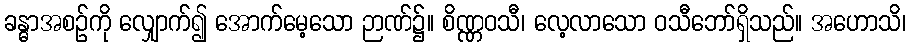
ခန္ဓာအစဉ်ကို လျှောက်၍ အောက်မေ့သော ဉာဏ်၌။ စိဏ္ဏဝသီ၊ လေ့လာသော ဝသီဘော်ရှိသည်။ အဟောသိ၊